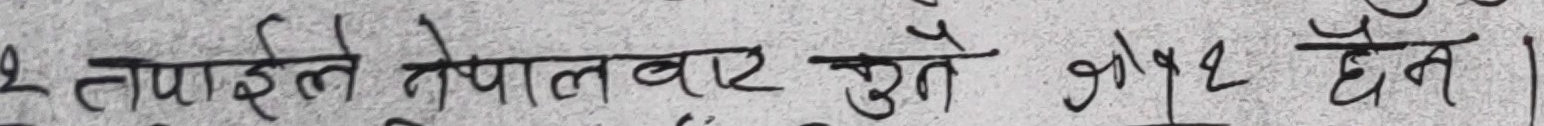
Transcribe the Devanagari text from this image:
२ तपाईले नेपालबाट सुन्तै झोर्दा होईन।